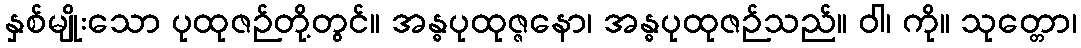
နှစ်မျိုးသော ပုထုဇဉ်တို့တွင်။ အန္ဓပုထုဇ္ဇနော၊ အန္ဓပုထုဇဉ်သည်။ ဝါ၊ ကို။ သုတ္တော၊